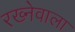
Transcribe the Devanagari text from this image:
रख्नेवाला